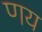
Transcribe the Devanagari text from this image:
णय